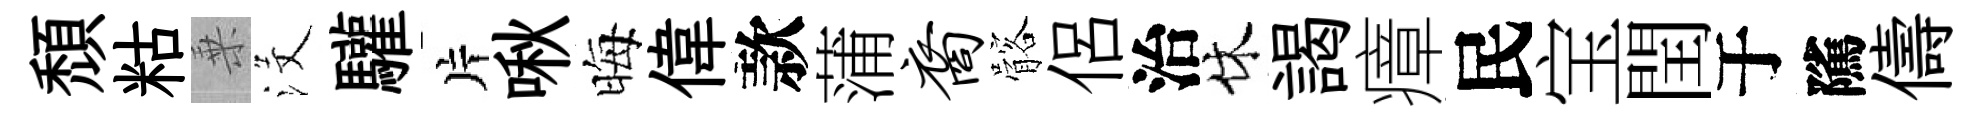
頹䊀乗沒驩片啾晦偉款蒲裔髂侶治休謁瘴民宝閏于隲儔